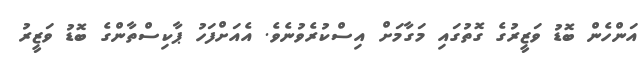
އަންހެން ބޮޑު ވަޒީރުގެ ގޮތުގައި މަގާމަށް އިސްކުރެވުނެވެ. އެއަށްފަހު ޕާކިސްތާންގެ ބޮޑު ވަޒީރު